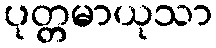
ပုတ္တမာယုသာ